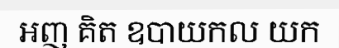
អញ គិត ឧបាយកល យក